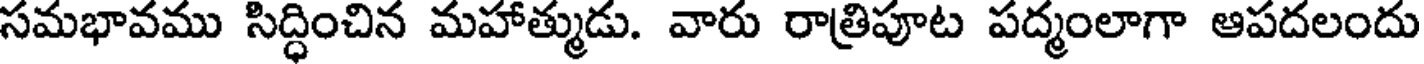
సమభావము సిద్ధించిన మహాత్ముడు. వారు రాత్రిపూట పద్మంలాగా ఆపదలందు